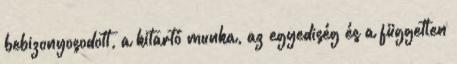
bebizonyosodott, a kitartó munka, az egyediség és a független